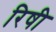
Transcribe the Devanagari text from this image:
रिषी